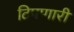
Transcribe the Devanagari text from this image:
टिपणारी